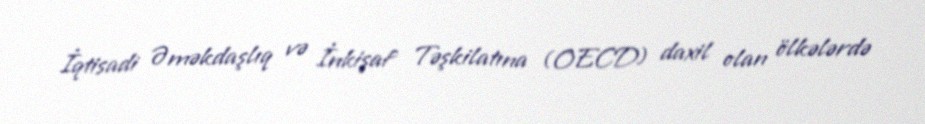
İqtisadi Əməkdaşlıq və İnkişaf Təşkilatına (OECD) daxil olan ölkələrdə